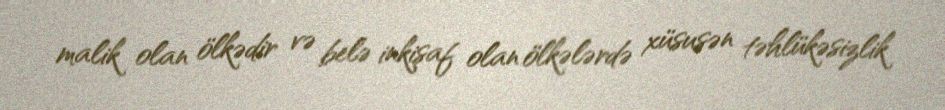
malik olan ölkədir və belə inkişaf olan ölkələrdə xüsusən təhlükəsizlik